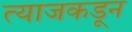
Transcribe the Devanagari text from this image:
त्याजकडून